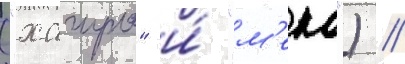
("хагуро" и́ "м'еко") //